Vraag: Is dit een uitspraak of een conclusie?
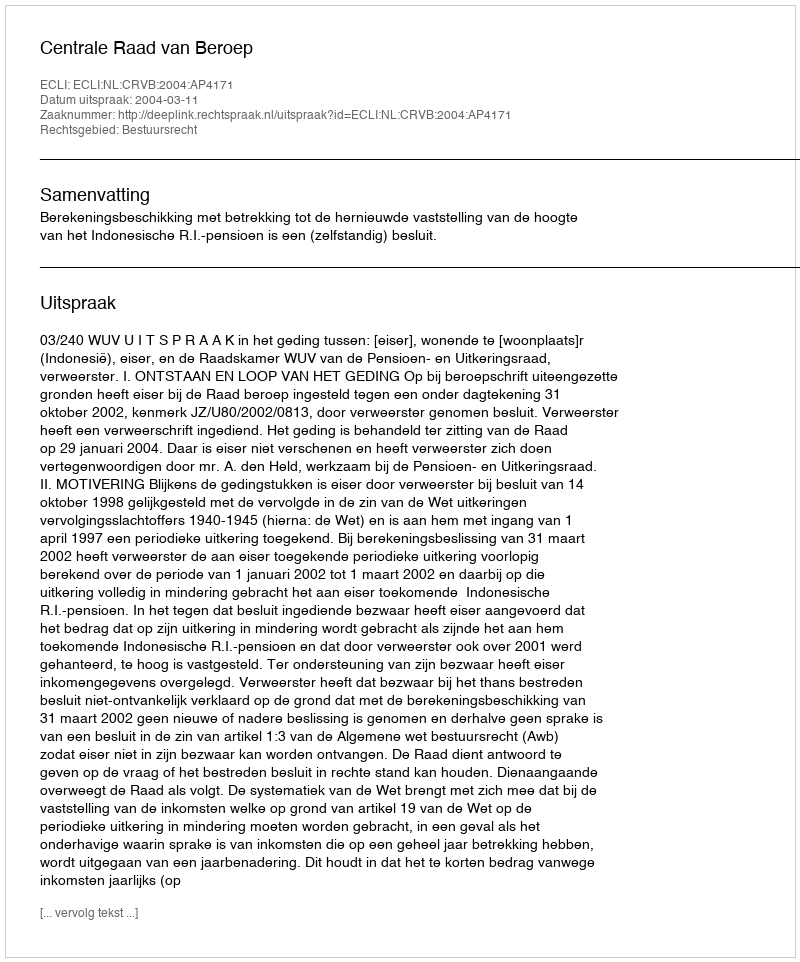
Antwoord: Uitspraak